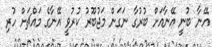
އޭނާ ބުނީ އޭނާއަށް ބުރުގާ ނަގަން މަޖުބޫރު ކުރުވީ އޭނާގެ މައްޗަށް ހުރި